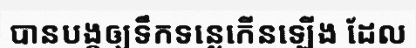
បានបង្កឲ្យទឹកទន្លេកើនឡើង ដែល